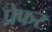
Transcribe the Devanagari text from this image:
प्रेफर